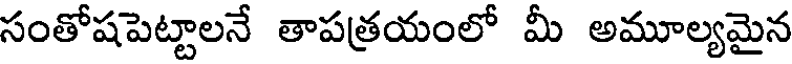
సంతోషపెట్టాలనే తాపత్రయంలో మీ అమూల్యమైన